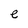
Character: e